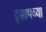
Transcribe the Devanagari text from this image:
इसापच्या